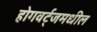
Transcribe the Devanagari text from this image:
होगवर्ट्‌जमधील